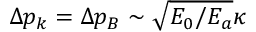
\Delta p _ { k } = \Delta p _ { B } \sim \sqrt { E _ { 0 } / E _ { a } } \kappa